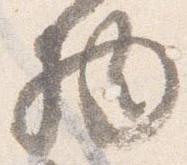
物